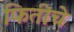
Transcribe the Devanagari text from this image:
फितीचे